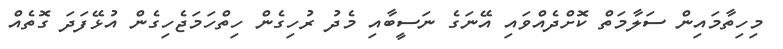
މިހިތާމައިން ސަލާމަތް ކޮށްދެއްވައި އޭނަގެ ނަސީބާއި މެދު ރުހިގެން ހިތްހަމަޖެހިގެން އުޅޭފަދަ ގޮތެއް